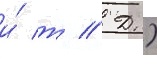
и́ т // Д.)